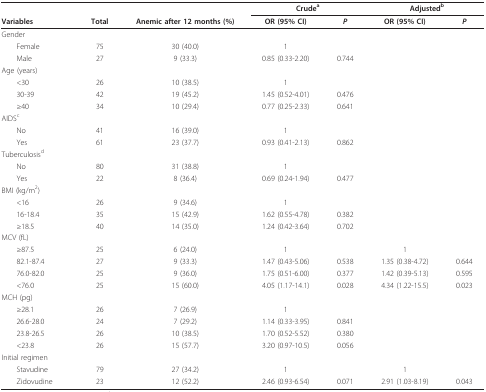
<table><thead><tr><td></td><td></td><td></td><td colspan="2"><b>Crude<sup>a</sup></b></td><td colspan="2"><b>Adjusted<sup>b</sup></b></td></tr><tr><td><b>Variables</b></td><td><b>Total</b></td><td><b>Anemic after 12 months (%)</b></td><td><b>OR (95% CI)</b></td><td><b><i>P</i></b></td><td><b>OR (95% CI)</b></td><td><b><i>P</i></b></td></tr></thead><tbody><tr><td>Gender</td><td></td><td></td><td></td><td></td><td></td><td></td></tr><tr><td> Female</td><td>75</td><td>30 (40.0)</td><td>1</td><td></td><td></td><td></td></tr><tr><td> Male</td><td>27</td><td>9 (33.3)</td><td>0.85 (0.33-2.20)</td><td>0.744</td><td></td><td></td></tr><tr><td>Age (years)</td><td></td><td></td><td></td><td></td><td></td><td></td></tr><tr><td> &lt;30</td><td>26</td><td>10 (38.5)</td><td>1</td><td></td><td></td><td></td></tr><tr><td> 30-39</td><td>42</td><td>19 (45.2)</td><td>1.45 (0.52-4.01)</td><td>0.476</td><td></td><td></td></tr><tr><td> ≥40</td><td>34</td><td>10 (29.4)</td><td>0.77 (0.25-2.33)</td><td>0.641</td><td></td><td></td></tr><tr><td>AIDS<sup>c</sup></td><td></td><td></td><td></td><td></td><td></td><td></td></tr><tr><td> No</td><td>41</td><td>16 (39.0)</td><td>1</td><td></td><td></td><td></td></tr><tr><td> Yes</td><td>61</td><td>23 (37.7)</td><td>0.93 (0.41-2.13)</td><td>0.862</td><td></td><td></td></tr><tr><td>Tuberculosis<sup>d</sup></td><td></td><td></td><td></td><td></td><td></td><td></td></tr><tr><td> No</td><td>80</td><td>31 (38.8)</td><td>1</td><td></td><td></td><td></td></tr><tr><td> Yes</td><td>22</td><td>8 (36.4)</td><td>0.69 (0.24-1.94)</td><td>0.477</td><td></td><td></td></tr><tr><td>BMI (kg/m<sup>2</sup>)</td><td></td><td></td><td></td><td></td><td></td><td></td></tr><tr><td> &lt;16</td><td>26</td><td>9 (34.6)</td><td>1</td><td></td><td></td><td></td></tr><tr><td> 16-18.4</td><td>35</td><td>15 (42.9)</td><td>1.62 (0.55-4.78)</td><td>0.382</td><td></td><td></td></tr><tr><td> ≥18.5</td><td>40</td><td>14 (35.0)</td><td>1.24 (0.42-3.64)</td><td>0.702</td><td></td><td></td></tr><tr><td>MCV (fL)</td><td></td><td></td><td></td><td></td><td></td><td></td></tr><tr><td> ≥87.5</td><td>25</td><td>6 (24.0)</td><td>1</td><td></td><td>1</td><td></td></tr><tr><td> 82.1-87.4</td><td>27</td><td>9 (33.3)</td><td>1.47 (0.43-5.06)</td><td>0.538</td><td>1.35 (0.38-4.72)</td><td>0.644</td></tr><tr><td> 76.0-82.0</td><td>25</td><td>9 (36.0)</td><td>1.75 (0.51-6.00)</td><td>0.377</td><td>1.42 (0.39-5.13)</td><td>0.595</td></tr><tr><td> &lt;76.0</td><td>25</td><td>15 (60.0)</td><td>4.05 (1.17-14.1)</td><td>0.028</td><td>4.34 (1.22-15.5)</td><td>0.023</td></tr><tr><td>MCH (pg)</td><td></td><td></td><td></td><td></td><td></td><td></td></tr><tr><td> ≥28.1</td><td>26</td><td>7 (26.9)</td><td>1</td><td></td><td></td><td></td></tr><tr><td> 26.6-28.0</td><td>24</td><td>7 (29.2)</td><td>1.14 (0.33-3.95)</td><td>0.841</td><td></td><td></td></tr><tr><td> 23.8-26.5</td><td>26</td><td>10 (38.5)</td><td>1.70 (0.52-5.52)</td><td>0.380</td><td></td><td></td></tr><tr><td> &lt;23.8</td><td>26</td><td>15 (57.7)</td><td>3.20 (0.97-10.5)</td><td>0.056</td><td></td><td></td></tr><tr><td>Initial regimen</td><td></td><td></td><td></td><td></td><td></td><td></td></tr><tr><td> Stavudine</td><td>79</td><td>27 (34.2)</td><td>1</td><td></td><td>1</td><td></td></tr><tr><td> Zidovudine</td><td>23</td><td>12 (52.2)</td><td>2.46 (0.93-6.54)</td><td>0.071</td><td>2.91 (1.03-8.19)</td><td>0.043</td></tr></tbody></table>